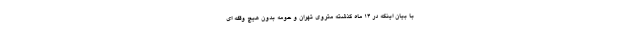
با بیان اینکه در ۱۴ ماه گذشته متروی تهران و حومه بدون هیچ وقفه ای